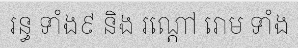
រន្ធ ទាំង៩ និង រណ្តៅ រោម ទាំង